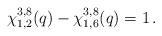
LaTeX: \begin{align*}\chi_{1,2}^{3,8}(q) - \chi_{1,6}^{3,8}(q) = 1 \, .\end{align*}